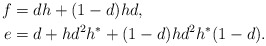
\begin{align*}f&=dh+(1-d)hd,\\e&=d+hd^2h^*+(1-d)hd^2h^*(1-d). \end{align*}